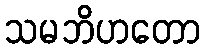
သမဘိဟတော